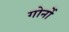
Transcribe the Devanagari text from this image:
गोर्नो